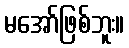
မအော်ဖြစ်ဘူး။